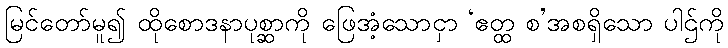
မြင်တော်မူ၍ ထိုစောဒနာပုစ္ဆာကို ဖြေအံ့သောငှာ ‘ဧတ္ထ စ’အစရှိသော ပါဌ်ကို